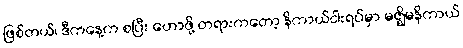
ဖြစ်တယ်၊ ဒီကနေ့က စပြီး ဟောဖို့ တရားကတော့ နိကာယ်ငါးရပ်မှာ မဇ္ဈိမနိကာယ်